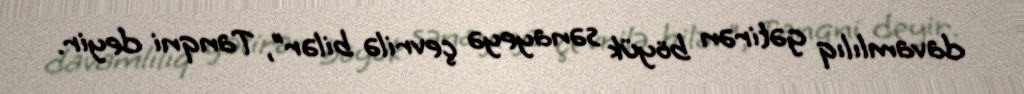
davamlılıq gətirən böyük sənayeyə çevrilə bilər”, Tanqni deyir.